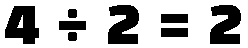
4 ÷ 2 = 2